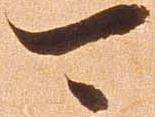
可